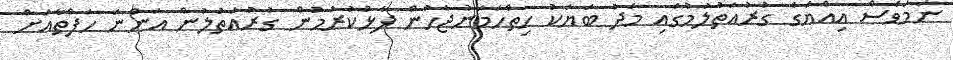
ނަމަވެސް އިއްޔެގެ ގުރުއަތުލުމުގައި މަދު ބަޔަކު ހިތްހަމަނުޖެހުން ފާޅުކުރުމުން ގުރުއަތުލުން އަންނަ ހަފްތާއަށް